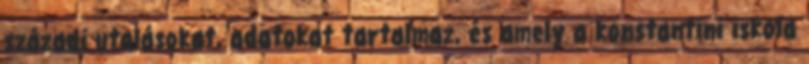
századi utalásokat, adatokat tartalmaz, és amely a konstantini iskola